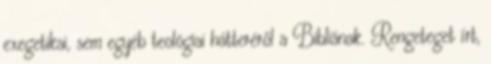
exegetikai, sem egyéb teológiai hátteréről a Bibliának. Rengeteget írt,